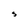
Character: s